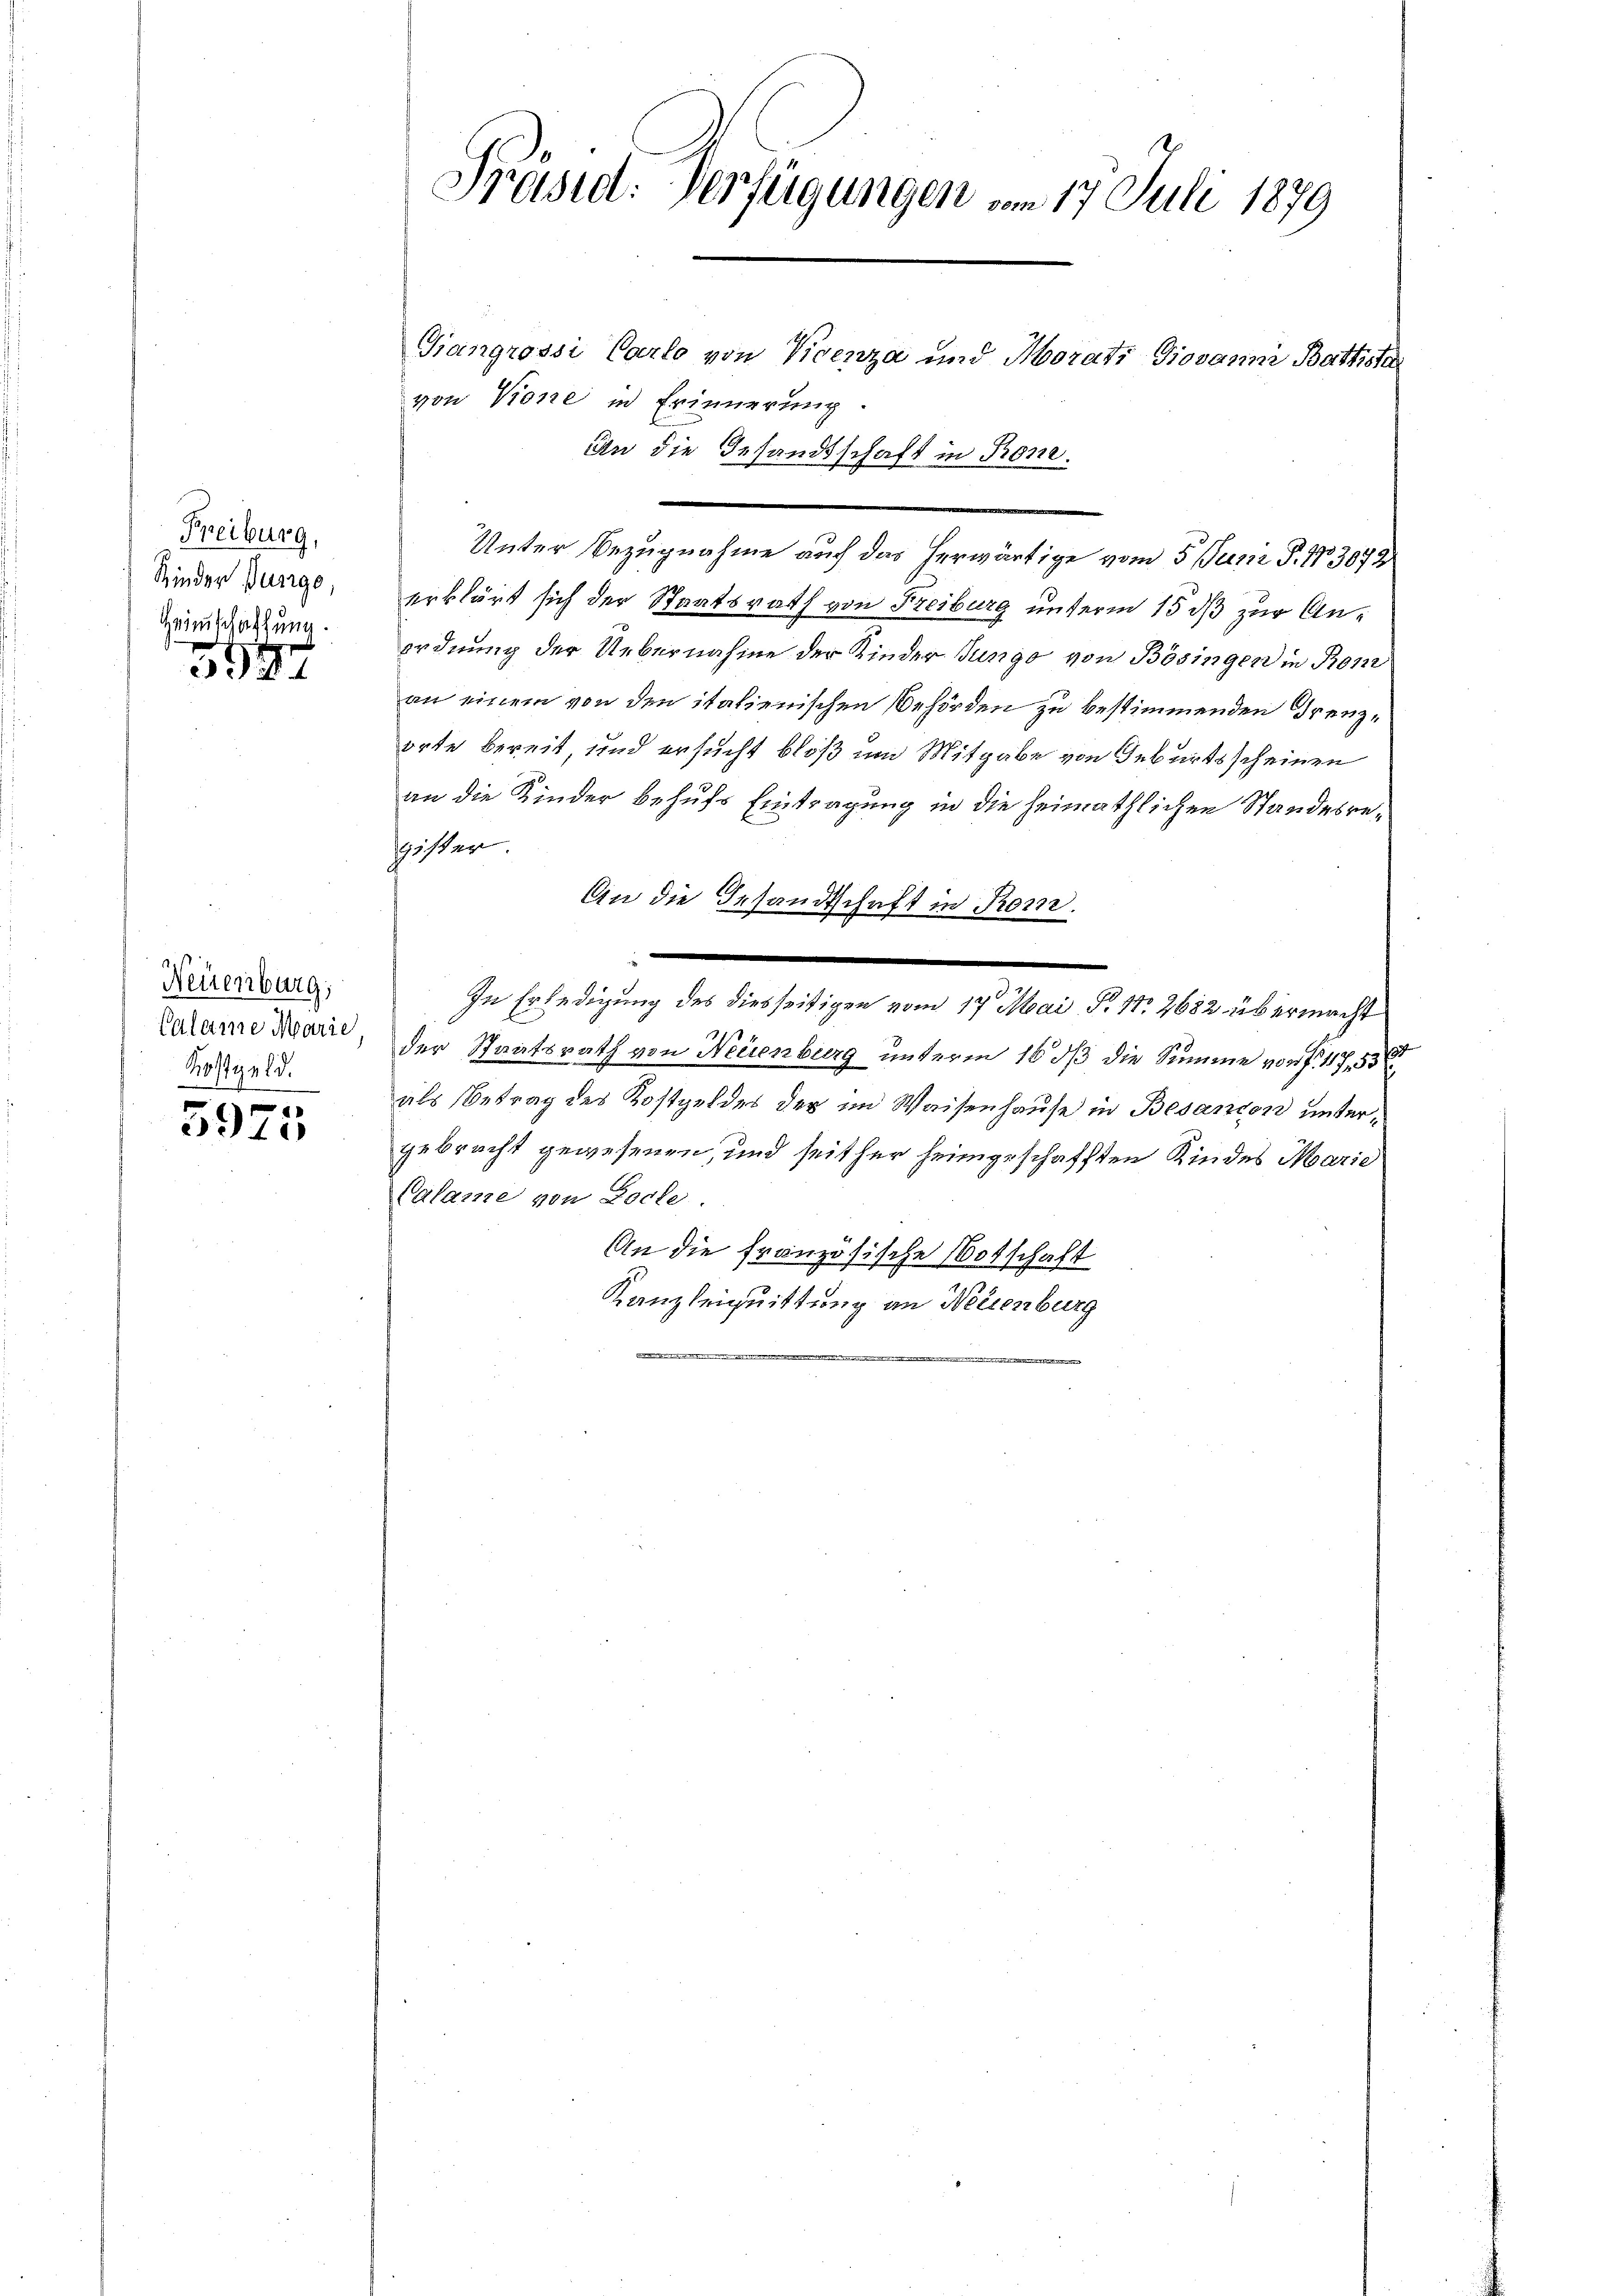
Freiburg,
Kinder Burge,
Heimschaffung.

5994

Neuenburg,
Calame Marie
Kostgeld.

5975

Präsid. Verfügungen am 17. Juli 1879

Giangrossi Carlo von Vicenza und Morati Giovanna Battste
von Vione in Erinnerung.
An die Gesandtschaft in Tone.
Unter Bezugnahme auf das herwärtige vom 5. Juni S. 173072
erklärt sich der Staatsrath von Freiburg unterm 15 ds zur Anordnung der Uebernahme der Kinder Jungo von Bösingen in Rom
an einem von den italienischen Behörden zu bestimmenden Trenzorte bereit, und ersucht bloß um Mitgabe von Geburtsscheinen
an die Kinder behufs Eintragung in die heimathlichen Standesregister.
An die Gesandtschaft in Rom.
In Erledigung des diesseitigen vom 17. Mai d. 1. 2682 übermacht
der Staatsrath von Neuenburg unterm 16 ds die Summe von f. 117,53
als Betrag des Kostgeldes der im Waisenhause in Besandon untergebracht gewesenen, und seither heimgeschafften Kindes Marie
Calame von Loche
An die französische Botschaft
Kanzleiquittung an Neuenburg